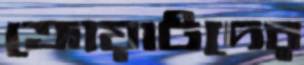
ক্রোয়াটদের